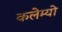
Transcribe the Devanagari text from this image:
कलेम्यो